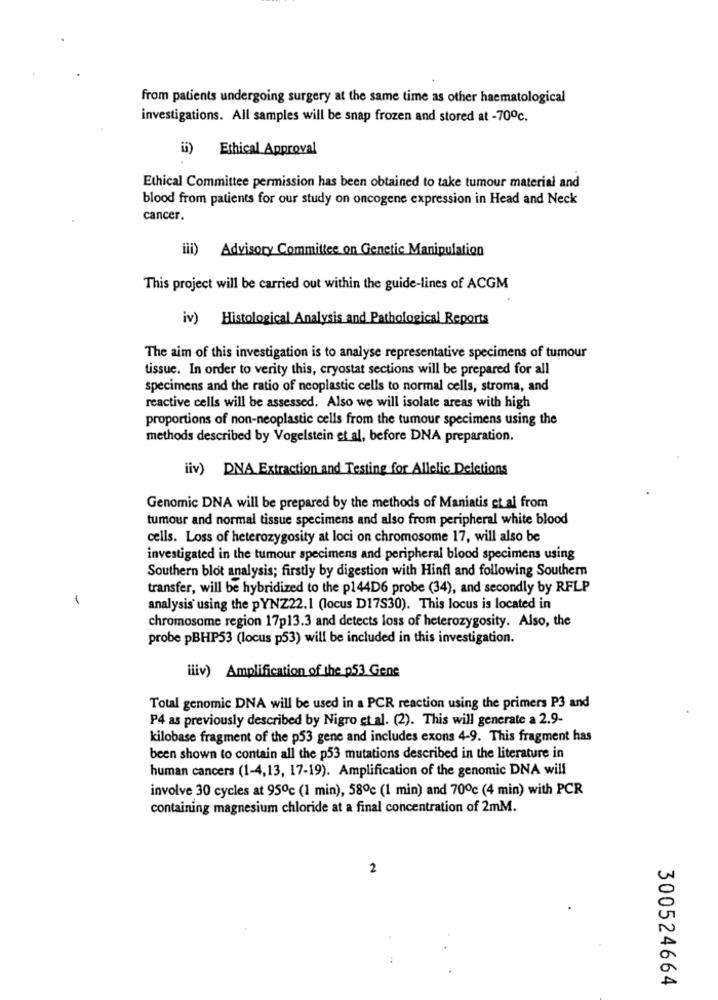
from patients undergoing surgery at the same time as other haematological
investigations. All samples will be snap frozen and stored at -70℃.
ii) Ethical Approval
Ethical Committee permission has been obtained to take tumour material and
blood from patients for our study on oncogene expression in Head and Neck
cancer.
iii) Advisory Committee on Genetic Manipulation
This project will be carried out within the guide-lines of ACGM
iv) Histological Analysis and Pathological Reports
The aim of this investigation is to analyse representative specimens of tumour
tissue. In order to verity this, cryostat sections will be prepared for all
specimens and the ratio of neoplastic cells to normal cells, stroma, and
reactive cells will be assessed. Also we will isolate areas with high
proportions of non-neoplastic cells from the tumour specimens using the
methods described by Vogelstein et al, before DNA preparation.
iiv) DNA Extraction and Testing for Allelic Deletions
Genomic DNA will be prepared by the methods of Maniatis et al from
tumour and normal tissue specimens and also from peripheral white blood
cells. Loss of heterozygosity at loci on chromosome 17, will also be
investigated in the tumour specimens and peripheral blood specimens using
Southern blot analysis; firstly by digestion with Hinfl and following Southern
transfer, will be hybridized to the p144D6 probe (34), and secondly by RFLP
analysis using the pYNZ22.1 (locus D17S30). This locus is located in
chromosome region 17p13.3 and detects loss of heterozygosity. Also, the
probe pBHP53 (locus p53) will be included in this investigation.
iliv) Amplification of the p53 Gene
Total genomic DNA will be used in a PCR reaction using the primers P3 and
P4 as previously described by Nigro et al. (2). This will generate a 2.9-
kilobase fragment of the p53 gene and includes exons 4-9. This fragment has
been shown to contain all the p53 mutations described in the literature in
human cancers (1-4,13, 17-19). Amplification of the genomic DNA will
involve 30 cycles at 95℃ (1 min), 58℃ (1 min) and 70℃ (4 min) with PCR
containing magnesium chloride at a final concentration of 2mM.
2
300524664